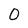
Character: 0